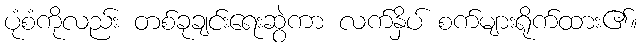
ပုံစံကိုလည်း တစ်ခုချင်းရေးဆွဲကာ လက်နှိပ် စက်များရိုက်ထား၏။